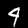
Digit: 4